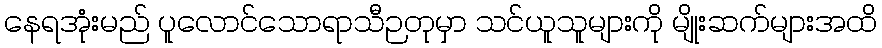
နေရအုံးမည် ပူလောင်သောရာသီဉတုမှာ သင်ယူသူများကို မျိုးဆက်များအထိ